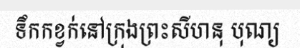
ទឹកកខ្វក់នៅក្រុងព្រះសីហនុ បុណ្យ